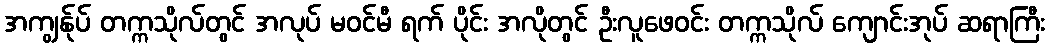
အကျွန်ုပ် တက္ကသိုလ်တွင် အလုပ် မဝင်မီ ရက် ပိုင်း အလိုတွင် ဦးလူဖေဝင်း တက္ကသိုလ် ကျောင်းအုပ် ဆရာကြီး